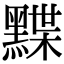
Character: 𪑧